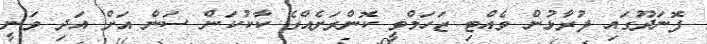
ފޮނަދޫގައި ފުރާޅުން ވެއްޓި ޒަހަމްވީ ކޮންރަށެއްގެ ކާކުކަން ސަން އަށް އަދި ވަނީ